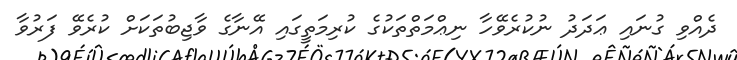
ދެއްވި ގުނައި ޢަދަދު ނުކުރެވޭހާ ނިޢްމަތްތަކުގެ ކުރިމަތީގައި އޭނާގެ ވާޖިބުތަކަށް ކުރެވޭ ފަރުވާ